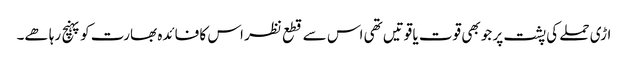
اڑی حملے کی پشت پر جو بھی قوت یا قوتیں تھی اس سے قطع نظر اس کا فائدہ بھارت کو پہنچ رہا ھے۔